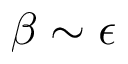
\beta \sim \epsilon